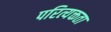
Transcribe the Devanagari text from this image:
परित्यक्तता